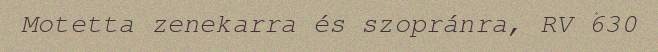
Motetta zenekarra és szopránra, RV 630